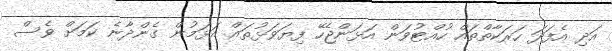
އަދި އެފަދަ ހަރަކާތްތައް ހުއްޓުވަން އަޅަންޖެހޭ ފިޔަވަޅުތައް އަޅަމުން ގެންދާނެ ކަމަށް ވެސް